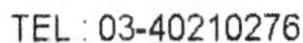
TEL : 03-40210276